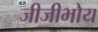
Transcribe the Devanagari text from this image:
जीजीभोय